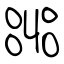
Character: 嘂